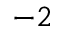
^ { - 2 }